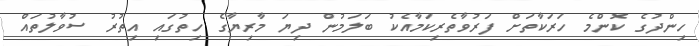
ހިންދުގެ ކޮންމެ ހަރަކާތަށް ފަރުވާތެރިކަމާއެކު ބަލަމުން ދިޔަ މާރިޔާގެ ހިތުގައި އިތުރު ސުވާލުތައް